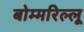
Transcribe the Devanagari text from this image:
बोम्मरिल्लू